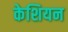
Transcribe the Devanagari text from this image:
केशियन